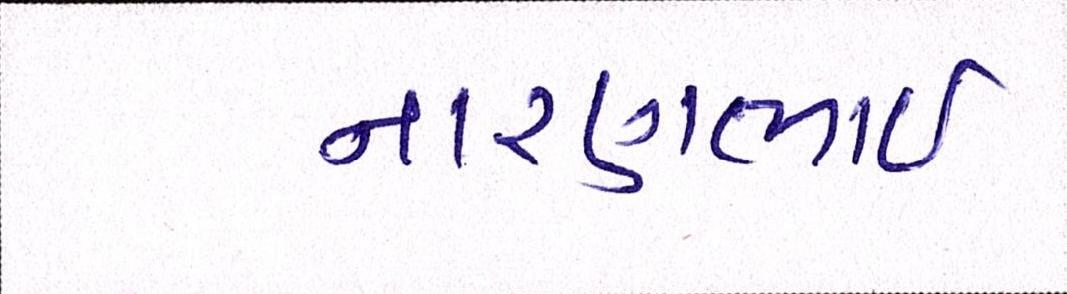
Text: નારણભાઈ